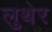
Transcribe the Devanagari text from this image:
लुथेर